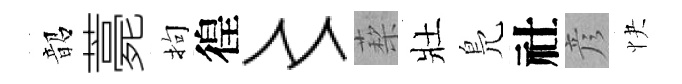
韶薧拘徨〻蔾壯鳬社彦快